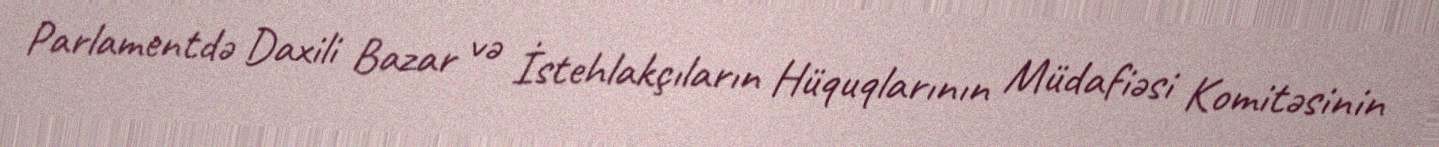
Parlamentdə Daxili Bazar və İstehlakçıların Hüquqlarının Müdafiəsi Komitəsinin